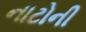
નાટોની